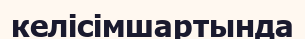
келісімшартында